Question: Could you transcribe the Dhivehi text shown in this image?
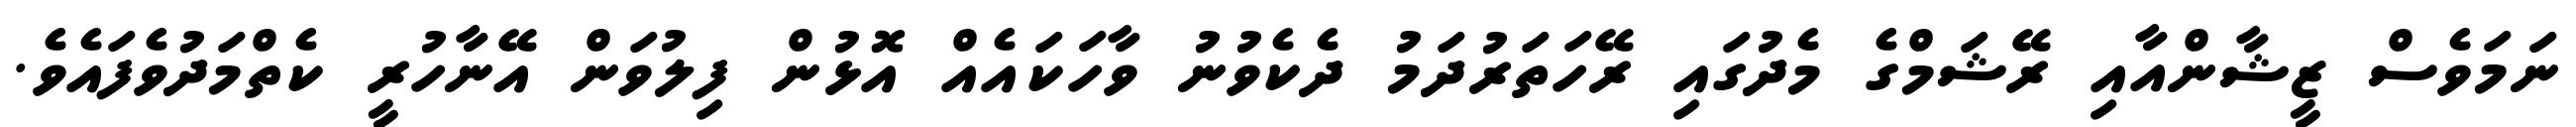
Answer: ނަމަވެސް ޒީޝާންއާއި ރޭޝަމްގެ މެދުގައި ރޭހަތަރުދަމު ދެކެވުނު ވާހަކައެއް އޮޅުން ފިލުވަން އޭނާހުރީ ކެތްމަދުވެފައެވެ.